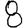
Digit: 8